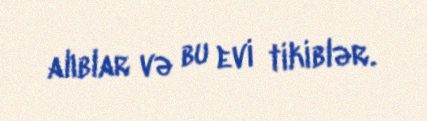
alıblar və bu evi tikiblər.